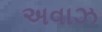
અવાઝ